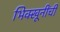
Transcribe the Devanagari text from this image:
भिक्खूनींची